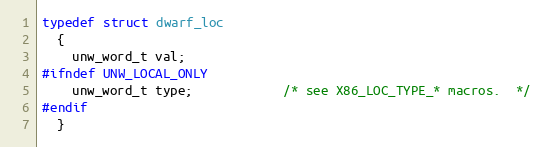
Language: C
typedef struct dwarf_loc
  {
    unw_word_t val;
#ifndef UNW_LOCAL_ONLY
    unw_word_t type;            /* see X86_LOC_TYPE_* macros.  */
#endif
  }